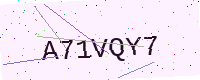
Text: A71VQY7